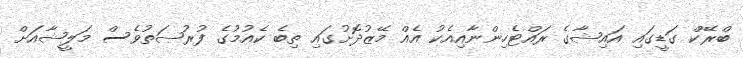
ބްރޭކް ގަޑީގައި އައިޝާގެ ރައްޓެހިންނާާއިއެކު އެއް މޭޒުދޮށުގައި ތިބެ ކެއުމުގެ ފުރުޞަތުވެސް މަލީޝާއަށް